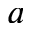
^ a